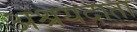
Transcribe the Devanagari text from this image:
अश्रयदाता